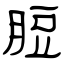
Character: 脰